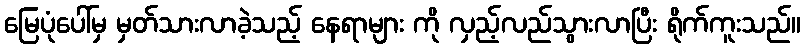
မြေပုံပေါ်မှ မှတ်သားလာခဲ့သည့် နေရာများ ကို လှည့်လည်သွားလာပြီး ရိုက်ကူးသည်။